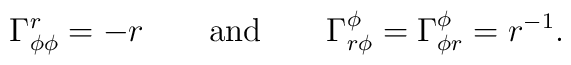
\Gamma _{\phi \phi }^r=-r\qquad {\rm and}\qquad \Gamma _{r\phi }^\phi=\Gamma _{\phi r}^\phi =r^{-1}.